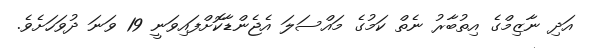
އަދި ނާޒިމްގެ އިތުބާރު ނެތް ކަމުގެ މައްސަލަ އެޖެންޑާކޮށްފައިވަނީ 19 ވަނަ ދުވަހަށެވެ.